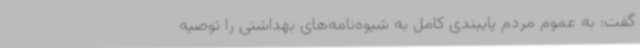
گفت: به عموم مردم پایبندی کامل به شیوه‌نامه‌های بهداشتی را توصیه